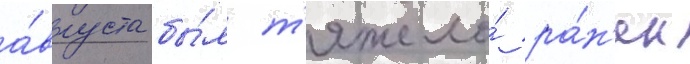
а́вгуста бы́л т'яжело́ ра́н'ен